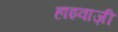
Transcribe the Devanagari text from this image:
हाइवाज़ी